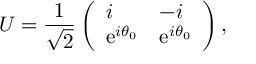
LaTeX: U = { \frac { 1 } { \sqrt { 2 } } } \left( \begin{array} { l l } { { i } } & { { - i } } \\ { { \mathrm { e } ^ { i \theta _ { 0 } } } } & { { \mathrm { e } ^ { i \theta _ { 0 } } } } \end{array} \right) ,